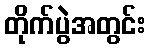
တိုက်ပွဲအတွင်း